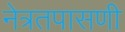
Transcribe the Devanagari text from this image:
नेत्रतपासणी